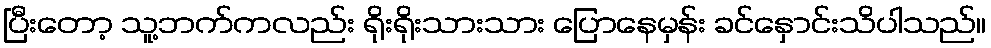
ပြီးတော့ သူ့ဘက်ကလည်း ရိုးရိုးသားသား ပြောနေမှန်း ခင်နှောင်းသိပါသည်။